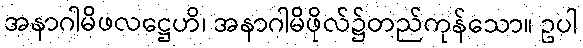
အနာဂါမိဖလဋ္ဌေဟိ၊ အနာဂါမိဖိုလ်၌တည်ကုန်သော။ ဥပါ